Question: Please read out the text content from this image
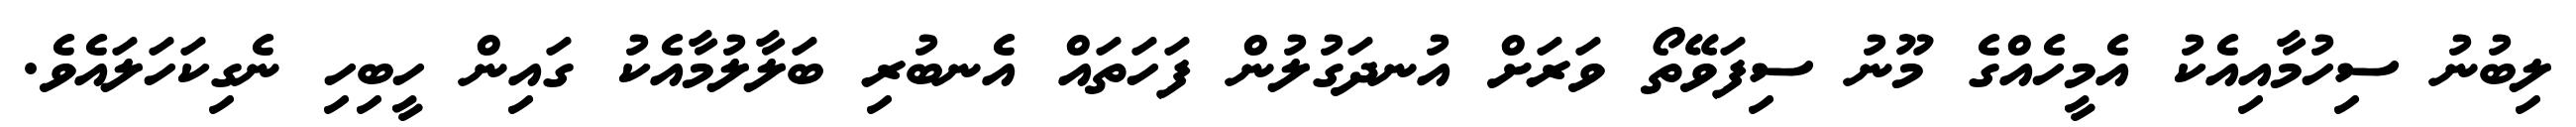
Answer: ލިބުނު ސިހުމާއިއެކު އެމީހެއްގެ މޫނު ސިފަވޭތޯ ވަރަށް އުނދަގުލުން ފަހަތައް އެނބުރި ބަލާލުމާއެކު ގައިން ހީބިހި ނެގިކަހަލައެވެ.